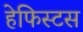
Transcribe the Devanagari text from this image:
हेफिस्टस